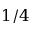
1 / 4